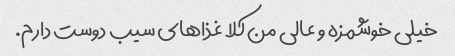
خیلی خوشمزه و عالی من کلا غذاهای سیب دوست دارم.